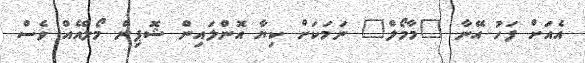
އެއަށް ފަހު އޭނާ "މާމޯލް" ނަމަކަށް ކިޔާ އޮންލައިން ޝޮޕިން މޯލްއެއް ވެސް